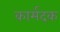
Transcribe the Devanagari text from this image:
कार्मदक